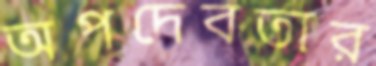
অপদেবতার